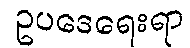
ဥပဒေရေးရာ